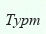
Турт